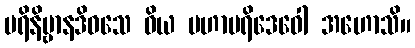
ပရိနိဗ္ဗာနဒိဝသေ ဝိယ မဟာပရိဒေဝေါ အဟောသိ။